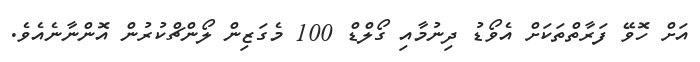
އަށް ހޮވޭ ފަރާތްތަކަށް އެވޯޑު ދިނުމާއި ގޯލްޑް 100 މެގަޒިން ލޯންޗްކުރުން އޮންނާނެއެވެ.